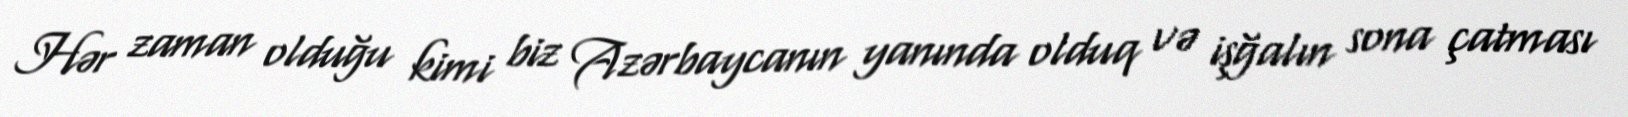
Hər zaman olduğu kimi biz Azərbaycanın yanında olduq və işğalın sona çatması